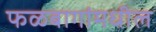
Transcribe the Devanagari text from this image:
फळबागांमधील